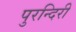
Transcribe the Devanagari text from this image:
पुरन्दिरी